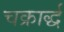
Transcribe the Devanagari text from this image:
चक्रार्द्ध